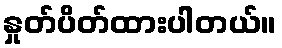
နှုတ်ပိတ်ထားပါတယ်။